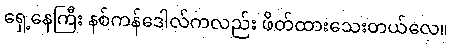
ရှေ့နေကြီး နစ်ကန်ဒေါလ်ကလည်း ဖိတ်ထားသေးတယ်လေ။